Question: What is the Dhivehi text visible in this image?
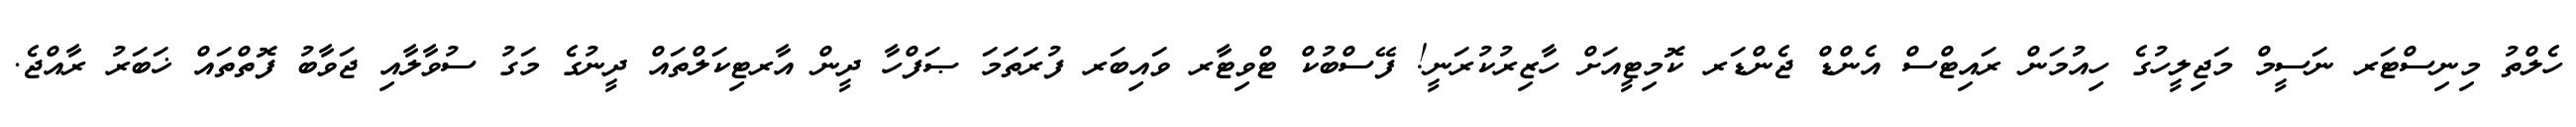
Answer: ހެލްތު މިނިސްޓަރ ނަސީމް މަޖިލީހުގެ ހިއުމަން ރައިޓްސް އެންޑް ޖެންޑަރ ކޮމިޓީއަށް ހާޒިރުކުރަނީ! ފޭސްބުކް ޓްވިޓާރ ވައިބަރ ފުރަތަމަ ޞަފްހާ ދީން އާރޓިކަލްތައް ދީނުގެ މަގު ސުވާލާއި ޖަވާބު ފޮތްތައް ޚަބަރު ރާއްޖެ.